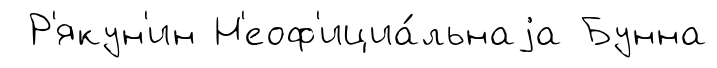
Р'якун'ин Н'еоф'ициа́льнаjа Бунна